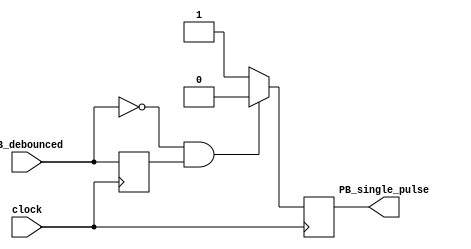
// Single Pulse circuit
// the output will go high for only one clock cycle
module onepulse (PB_single_pulse, PB_debounced, clock);
  input PB_debounced;
  input clock;
  output PB_single_pulse;
  reg PB_single_pulse;
  reg PB_debounced_delay;
    
  always @(posedge clock)
  begin
    if (PB_debounced == 1'b0 & PB_debounced_delay == 1'b1)
      PB_single_pulse <= 1'b0;
    else
      PB_single_pulse <= 1'b1;

    PB_debounced_delay <= PB_debounced;
  end
endmodule